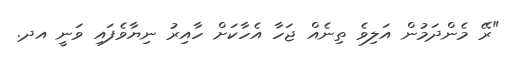
"ރޭ މެންދަމުން އަލިވެ ތިނެއް ޖަހާ އެހާކަށް ހާއިރު ނިޔާވެފައި ވަނީ އދ.